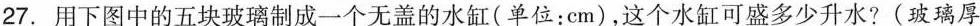
27.用下图中的五块玻璃制成一个无盖的水缸(单位：cm)，这个水缸可盛多少升水?(玻璃厚